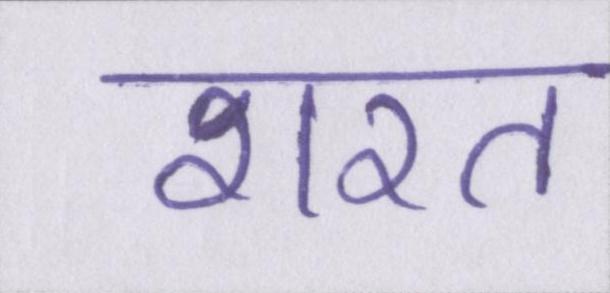
शरत